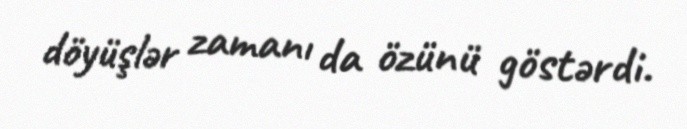
döyüşlər zamanı da özünü göstərdi.